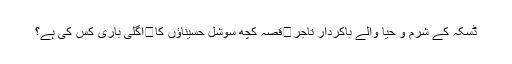
ڈسکہ کے شرم و حیا والے باکردار تاجر	قصہ کچھ سوشل حسیناؤں کا	اگلی باری کس کی ہے؟